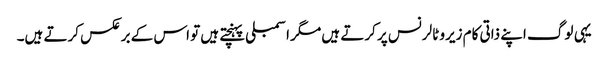
یہی لوگ اپنے ذاتی کام زیرو ٹالرنس پر کرتے ہیں مگر اسمبلی پہنچتے ہیں تو اس کے برعکس کرتے ہیں۔